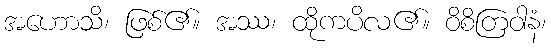
အဟောသိ၊ ဖြစ်၏။ အဿ၊ ထိုကပိလ၏။ ဝိစိတြဝါနံ၊